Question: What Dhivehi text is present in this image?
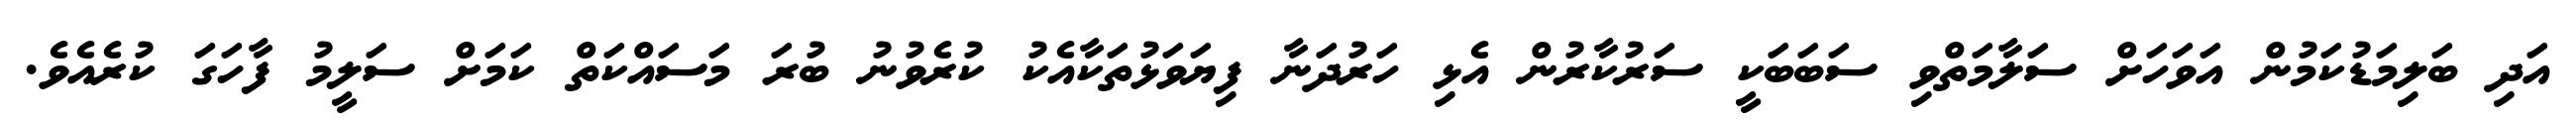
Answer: އަދި ބަލިމަޑުކަމުން އަވަހަށް ސަލާމަތްވި ސަބަބަކީ ސަރުކާރުން އެޅި ހަރުދަނާ ފިޔަވަޅުތަކާއެކު ކުރެވުނު ބުރަ މަސައްކަތް ކަމަށް ސަލީމު ފާހަގަ ކުރެއެވެ.